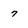
Character: 7